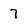
Character: 7